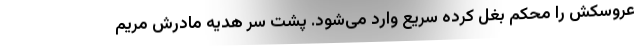
عروسکش را محکم بغل کرده سریع وارد می‌شود. پشت سر هدیه مادرش مریم